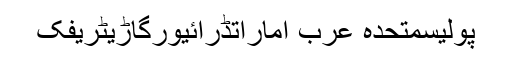
پولیسمتحدہ عرب اماراتڈرائیورگاڑیٹریفک